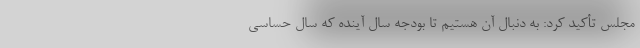
مجلس تأکید کرد: به دنبال آن هستیم تا بودجه سال آینده که سال حساسی